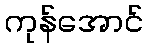
ကုန်အောင်